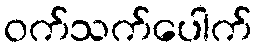
ဝက်သက်ပေါက်